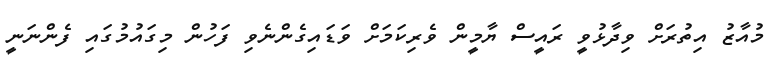
މުއާޒު އިތުރަށް ވިދާޅުވީ ރައީސް ޔާމީން ވެރިކަމަށް ވަޑައިގެންނެވި ފަހުން މިގައުމުގައި ފެންނަނީ